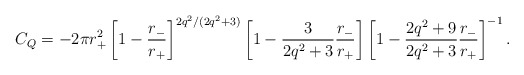
\begin{align*}C_Q=-2\pi r_+^2\left[1-\frac{r_-}{r_+}\right]^{2q^2/(2q^2+3)} \left[1-\frac{3}{2q^2+3}\frac{r_-}{r_+}\right] \left[1-\frac{2q^2+9}{2q^2+3}\frac{r_-}{r_+}\right]^{-1}.\end{align*}